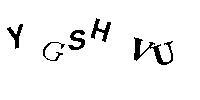
YGSHVU